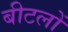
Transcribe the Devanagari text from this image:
बीटलों